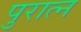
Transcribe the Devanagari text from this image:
पुरात्न